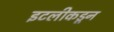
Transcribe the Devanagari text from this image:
इटलीकडून